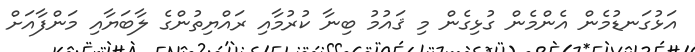
އަޅުގަނޑުމެން އެންމެން ގުޅިގެން މި ޤައުމު ބިނާ ކުރުމާއި ރައްޔިތުންގެ ލާބަޔާއި މަންފާއަށް